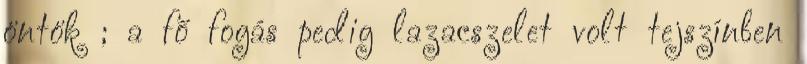
öntök ; a fő fogás pedig lazacszelet volt tejszínben